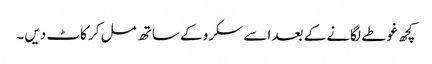
کچھ غوطے لگانے کے بعد اسے سکرو کے ساتھ مل کر کاٹ دیں۔